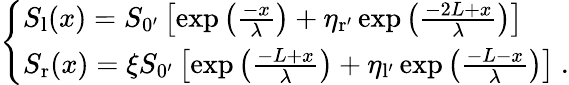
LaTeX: \left\{ \begin{array}{ll}{S_{\mathrm{l}}(x)=S_{\mathrm{0^{\prime}}}\left[\exp{\left(\frac{-x}{\lambda}\right)}+\eta_{\mathrm{r^{\prime}}}\exp{\left(\frac{-2L+x}{\lambda}\right)}\right]}\\ {S_{\mathrm{r}}(x)=\xi S_{\mathrm{0^{\prime}}}\left[\exp{\left(\frac{-L+x}{\lambda}\right)}+\eta_{\mathrm{l^{\prime}}}\exp{\left(\frac{-L-x}{\lambda}\right)}\right]\ .}\end{array}\right.